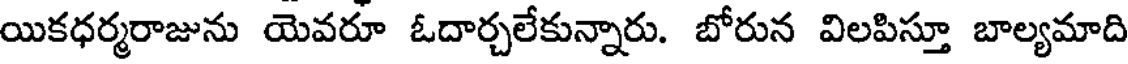
యికధర్మరాజును యెవరూ ఓదార్చలేకున్నారు. బోరున విలపిస్తూ బాల్యమాది